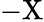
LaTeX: -\mathrm{X}